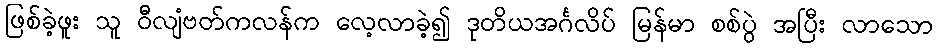
ဖြစ်ခဲ့ဖူး သူ ဝီလျံဗတ်ကလန်က လေ့လာခဲ့၍ ဒုတိယအင်္ဂလိပ် မြန်မာ စစ်ပွဲ အပြီး လာသော